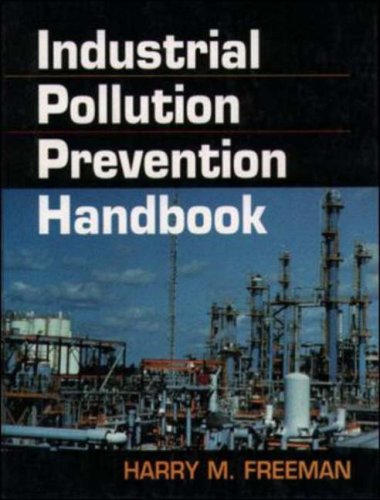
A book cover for Industrial Pollution Prevention Handbook; Harry Freeman; Science & Math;